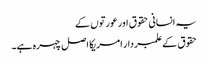
یہ انسانی حقوق اور عورتوں کے
حقوق کے علمبردار امریکا اصل چہرہ ہے۔